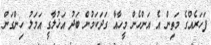
ފަހަރެއްގެ މަތިން އެ އަންހެން މީހާއާ ގަދަކަމުން ބަދު އަޚުލާގީ އަމަލު ހިންގަން